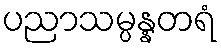
ပညာသမ္ပန္နတရံ